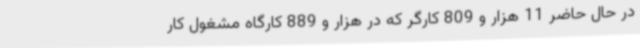
در حال حاضر 11 هزار و 809 کارگر که در هزار و 889 کارگاه مشغول کار